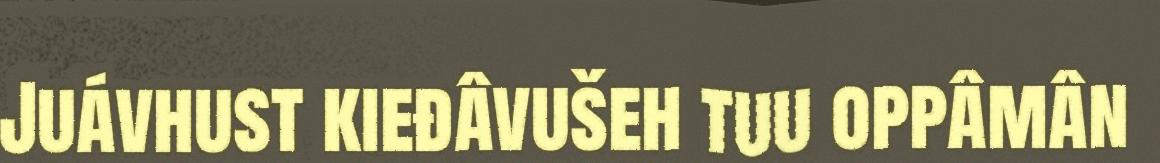
Juávhust kieđâvušeh tuu oppâmân